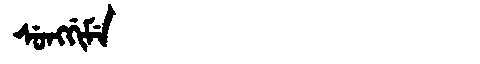
Manchu: ᠰᡠᠩᡤᡳᠮᡝ
Romanization: SUNGGIME